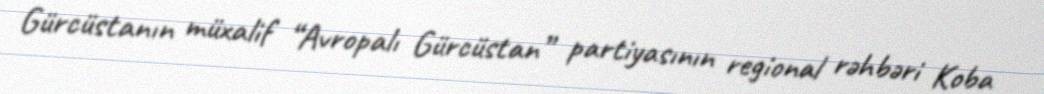
Gürcüstanın müxalif “Avropalı Gürcüstan” partiyasının regional rəhbəri Koba